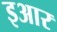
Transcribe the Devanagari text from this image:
इआर